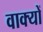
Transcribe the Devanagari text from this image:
वाक्‍यों